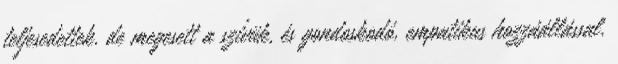
teljesedettek. de megesett a szívük, és gondoskodó, empatikus hozzáállással.